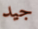
جيد